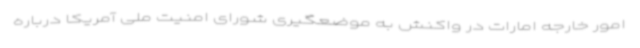
امور خارجه امارات در واکنش به موضعگیری شورای امنیت ملی آمریکا درباره